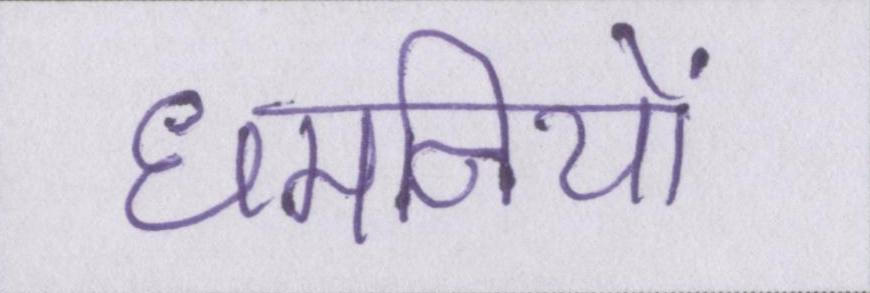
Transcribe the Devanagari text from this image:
धमनियों